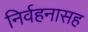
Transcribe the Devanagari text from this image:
निर्वहनासह